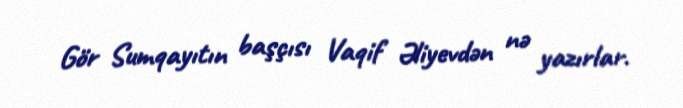
Gör Sumqayıtın başçısı Vaqif Əliyevdən nə yazırlar.